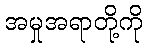
အမှုအရာတို့ကို